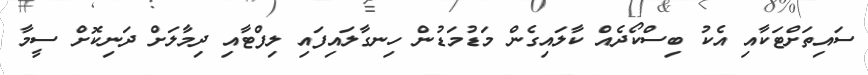
ސައިތަށްޓަކާއި އެކު ބިސްކޯދެއް ކާލައިގެން މަޑުމަޑުން ހިނގާލައިފައި ލިފްޓާއި ދިމާލަށް ދަނިކޮށް ސީމާ